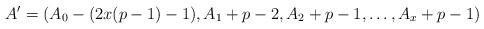
LaTeX: \begin{align*}A' = (A_0 - (2x(p-1)-1), A_1 + p-2, A_2 + p-1,\ldots, A_x + p-1)\end{align*}